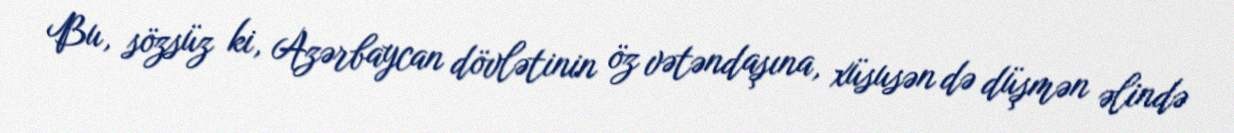
Bu, sözsüz ki, Azərbaycan dövlətinin öz vətəndaşına, xüsusən də düşmən əlində